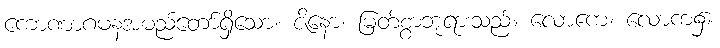
ကောဏာဂမနအမည်တော်ရှိသော။ ဇိနော၊ မြတ်စွာဘုရားသည်။ လောကေ၊ လောက၌။